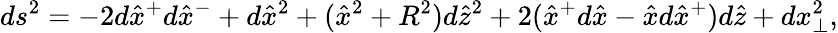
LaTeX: ds^{2}=-2d\hat{x}^{+}d\hat{x}^{-}+d\hat{x}^{2}+(\hat{x}^{2}+R^{2})d\hat{z}^{2}+2(\hat{x}^{+}d\hat{x}-\hat{x}d\hat{x}^{+})d\hat{z}+dx_{\perp}^{2},